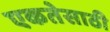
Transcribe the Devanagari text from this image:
एकतेसाठी